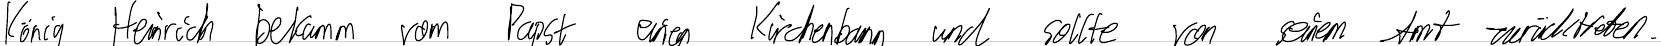
König Heinrich bekam vom Papst einen Kirchenbann und sollte von seinem Amt zurücktreten.